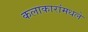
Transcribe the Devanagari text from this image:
कलाकारांमधले